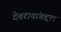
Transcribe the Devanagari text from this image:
देवरायांबद्दल